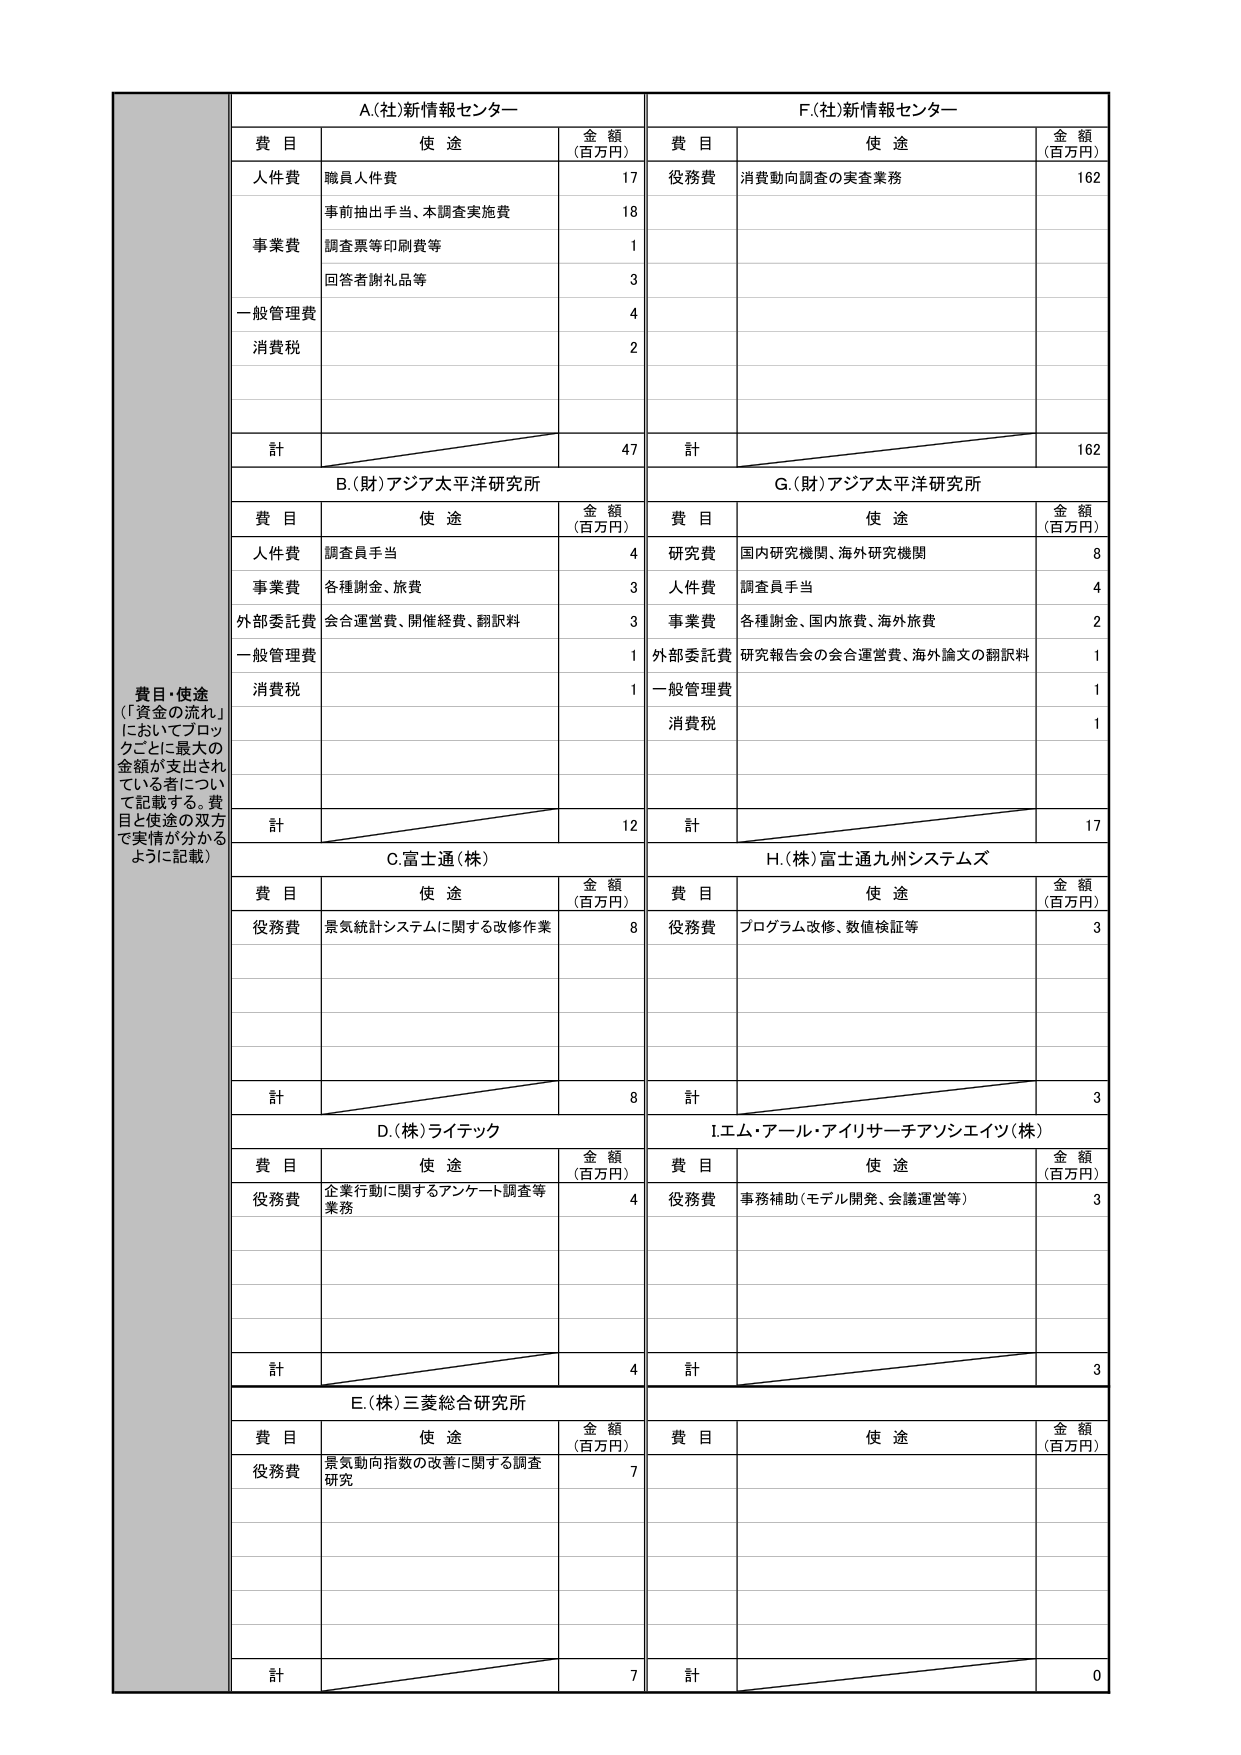
費目・使途
（「資金の流れ」
においてブロッ
クごとに最大の
金額が支出され
ている者につい
て記載する。費
目と使途の双方
で実情が分かる
ように記載）

A.(社)新情報センター
費目 使途 金額（百万円）
人件費 職員人件費 17
事業費 事前抽出手当、本調査実施費 18
調査票等印刷費等 1
回答者謝礼品等 3
一般管理費 4
消費税 2
計 47

F.(社)新情報センター
費目 使途 金額（百万円）
役務費 消費動向調査の実査業務 162
計 162

B.(財)アジア太平洋研究所
費目 使途 金額（百万円）
人件費 調査員手当 4
事業費 各種謝金、旅費 3
外部委託費 会合運営費、開催経費、翻訳料 3
一般管理費 1
消費税 1
計 12

G.(財)アジア太平洋研究所
費目 使途 金額（百万円）
研究費 国内研究機関、海外研究機関 8
人件費 調査員手当 4
事業費 各種謝金、国内旅費、海外旅費 2
外部委託費 研究報告会の会合運営費、海外論文の翻訳料 1
一般管理費 1
消費税 1
計 17

C.富士通(株)
費目 使途 金額（百万円）
役務費 景気統計システムに関する改修作業 8
計 8

H.(株)富士通九州システムズ
費目 使途 金額（百万円）
役務費 プログラム改修、数値検証等 3
計 3

D.(株)ライテック
費目 使途 金額（百万円）
役務費 企業行動に関するアンケート調査等業務 4
計 4

I.エム・アール・アイリサーチアソシエイツ(株)
費目 使途 金額（百万円）
役務費 事務補助（モデル開発、会議運営等） 3
計 3

E.(株)三菱総合研究所
費目 使途 金額（百万円）
役務費 景気動向指数の改善に関する調査研究 7
計 7

費目 使途 金額（百万円）
計 0